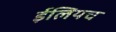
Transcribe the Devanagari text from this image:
ईलियच